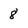
Character: 8